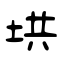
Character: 垬